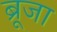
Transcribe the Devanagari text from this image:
ब्रूजा